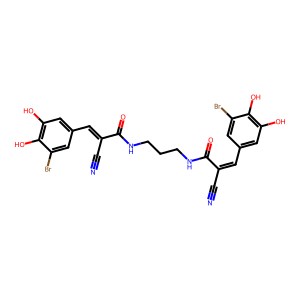
SMILES: N#CC(=Cc1cc(O)c(O)c(Br)c1)C(=O)NCCCNC(=O)C(C#N)=Cc1cc(O)c(O)c(Br)c1
Inhibits HIV replication: No